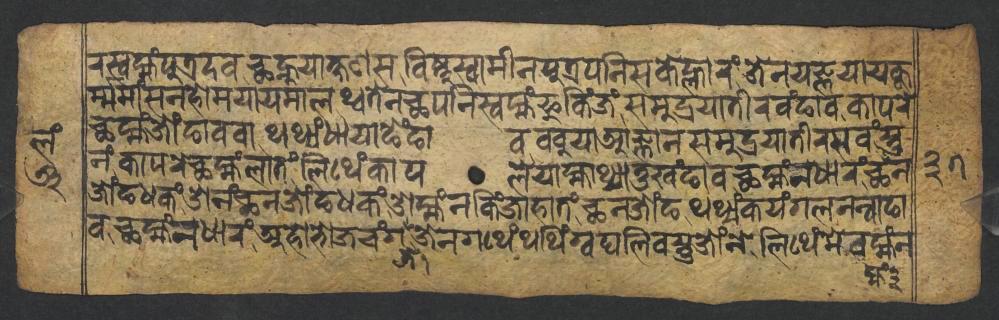
𑐬𑐳𑑂𑐰𑐩𑑂𑐴𑑄𑐥𑐸𑐟𑑂𑐬𑐡𑐰𑐕𑐣𑑂𑐴𑐸𑐫𑐵𑐎𑑂𑐲𑐞𑐳𑐰𑐶𑐲𑑂𑐞𑐸𑐳𑑂𑐰𑐵𑐩𑐷𑐣𑐥𑐸𑐟𑑂𑐬𑐥𑐣𑐶𑐳𑐎𑐾𑐮𑑂𑐴𑐵𑐬𑑄𑐖𑐾𑐣𑐫𑐖𑑂𑐘𑐫𑐵𑐫𑐎𑐹 𑐬𑑂𑐩𑑂𑐩𑐩𑐵𑑄𑐳𑐣𑐴𑑀𑐩𑐫𑐵𑐫𑐩𑐵𑐮𑐠𑑂𑐰𑐟𑐾𑐣𑐕𑐥𑐣𑐶𑐳𑑂𑐰𑐩𑑂𑐴𑑄𑐦𑐸𑐎𑐶𑑄𑐖𑑄𑐳𑐩𑐸𑐡𑑂𑐬𑐫𑐵𑐟𑐷𑐬𑐰𑑄𑐒𑐵𑐰𑐎𑐵𑐥𑐬𑐾 𑐕𑐩𑑂𑐴𑑄𑐖𑑀𑑄𑐒𑐵𑐰𑐰𑐵𑐠𑐠𑑂𑐫𑑄𑐢𑐵𑐫𑐵𑐒𑐾𑑄𑐒𑐵𑐰𑐧𑐧𑐸𑐫𑐵𑐁𑐖𑑂𑐘𑐵𑐣𑐳𑐩𑐸𑐡𑑂𑐬𑐫𑐵𑐟𑐷𑐬𑐳𑐰𑑄𑐳𑑂𑐟𑐸 𑐣𑑄𑐎𑐵𑐥𑐬𑐾𑐕𑐩𑑂𑐴𑑄𑐮𑐵𑐟𑑄𑐮𑐶𑐠𑐾𑑄𑐎𑐵𑐥𑐮𑐾𑐫𑐵𑐩𑑂𑐴𑐵𑐠𑑂𑐫𑐵𑐟𑐸𑐏𑑄𑐒𑐵𑐰𑐕𑐩𑑂𑐴𑑄𑐣𑐢𑐵𑐬𑑄𑐕𑐣 𑐖𑑀𑑄𑐒𑐢𑐎𑑄𑐌𑐣𑑄𑐕𑐣𑐖𑑀𑑄𑐒𑐢𑐎𑑄𑐌𑐩𑑂𑐴𑑄𑐣𑐎𑐶𑑄𑐖𑐵𑐴𑐵𑐟𑑄𑐕𑐣𑐖𑑀𑑄𑐒𑐠𑐠𑑂𑐫𑑄𑐎𑐫𑑄𑐐𑐮𑐣𑐣𑑂𑐰𑐵𑐒𑐵 𑐰𑐕𑐩𑑂𑐴𑑄𑐣𑐢𑐵𑐬𑑄𑐀𑐴𑑀𑐨𑑀𑐖𑐔𑑄𑐐𑐖𑐾𑐣𑐐𑐠𑐾𑑄𑐠𑐠𑐶𑑄𑐐𑑂𑐰𑐑𑐮𑐶𑐰𑐳𑑂𑐟𑐸𑐖𑑀𑑄𑐣𑐾𑐮𑐶𑐠𑐾𑑄𑐩𑐾𑐰𑐩𑑂𑐴𑑄𑐣